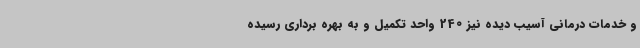
و خدمات درمانی آسیب دیده نیز 240 واحد تکمیل و به بهره برداری رسیده